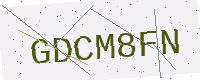
Text: GDCM8FN